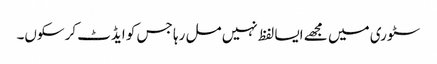
سٹوری میں مجھے ایسا لفظ نہیں مل رہا جس کو ایڈٹ کرسکوں۔